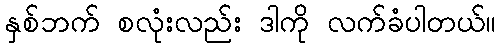
နှစ်ဘက် စလုံးလည်း ဒါကို လက်ခံပါတယ်။